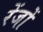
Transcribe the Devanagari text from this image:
रेंजों